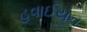
હવાઈયન